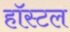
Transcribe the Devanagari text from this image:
हॉस्‍टल